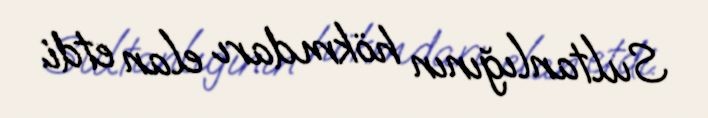
Sultanlığının hökmdarı elan etdi.